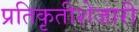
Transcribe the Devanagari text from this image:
प्रतिकृतीशेजारी